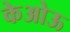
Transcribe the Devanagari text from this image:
केओऊ